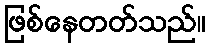
ဖြစ်နေတတ်သည်။